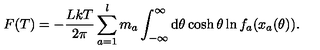
F ( T ) = - \frac { L k T } { 2 \pi } \sum _ { a = 1 } ^ { l } m _ { a } \int _ { - \infty } ^ { \infty } \mathrm { d } \theta \cosh \theta \ln f _ { a } ( x _ { a } ( \theta ) ) .